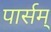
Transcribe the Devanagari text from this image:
पार्सम्